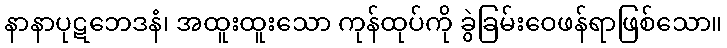
နာနာပုဋဘေဒနံ၊ အထူးထူးသော ကုန်ထုပ်ကို ခွဲခြမ်းဝေဖန်ရာဖြစ်သော။